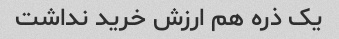
یک ذره هم ارزش خرید نداشت